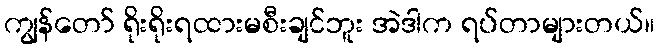
ကျွန်တော် ရိုးရိုးရထားမစီးချင်ဘူး အဲဒါက ရပ်တာများတယ်။